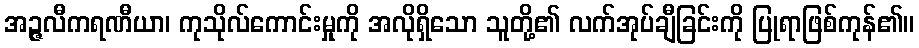
အဉ္ဇလီကရဏီယာ၊ ကုသိုလ်ကောင်းမှုကို အလိုရှိသော သူတို့၏ လက်အုပ်ချီခြင်းကို ပြုရာဖြစ်ကုန်၏။